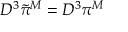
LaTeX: { \cal D } ^ { 3 } \widetilde { \pi } ^ { M } = { \cal D } ^ { 3 } \pi ^ { M }